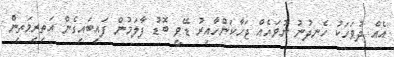
އެއް ދުވަހަކު ހެނދުނު ނުވައެއް ޖަހާކަންހާއިރު ޑޭވީ ބޮޑު ފާލަމުން ފައިބައިގެން އަތިރިމަތިން